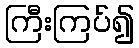
ကြီးကြပ်၍